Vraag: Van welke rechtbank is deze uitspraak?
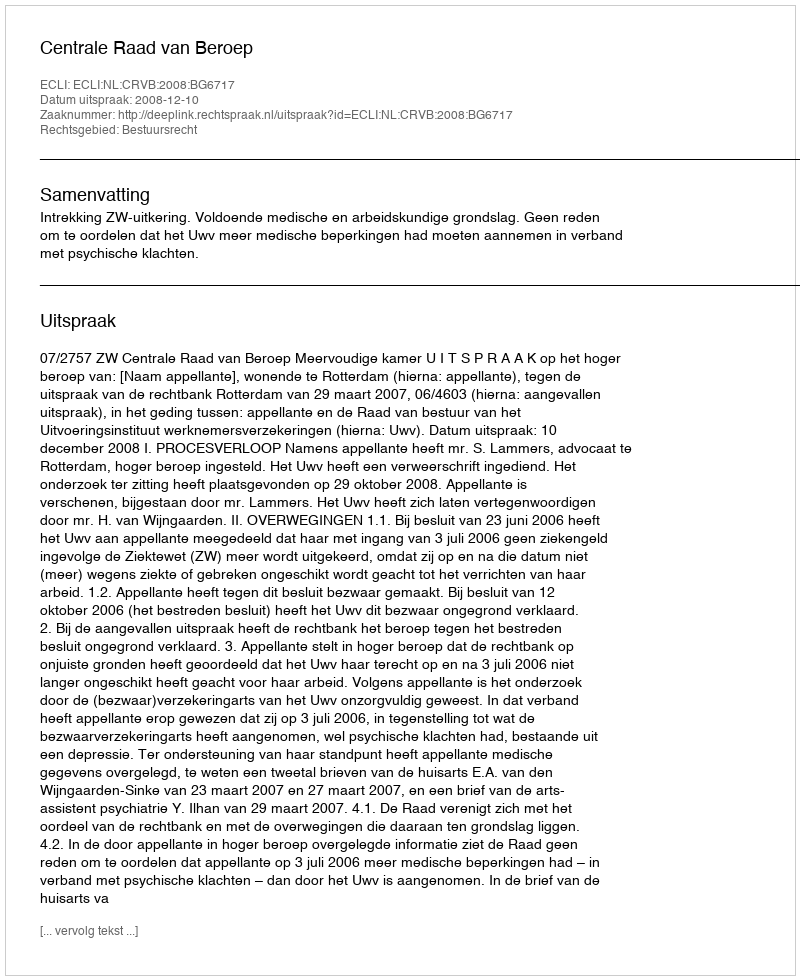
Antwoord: Centrale Raad van Beroep